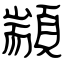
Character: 顓